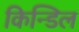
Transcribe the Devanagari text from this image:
किन्डिल